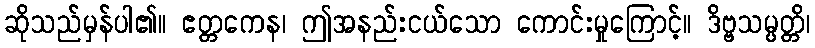
ဆိုသည်မှန်ပါ၏။ ဧတ္တကေန၊ ဤအနည်းငယ်သော ကောင်းမှုကြောင့်။ ဒိဗ္ဗသမ္ပတ္တိ၊